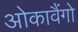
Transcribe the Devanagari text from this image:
ओकावैंगो